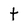
Character: t